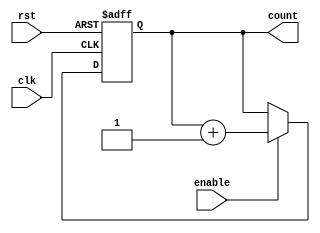
module RingCounter (
    input wire clk,
    input wire rst,
    input wire enable,
    output reg [N-1:0] count
);

parameter N = 4;

always @(posedge clk or posedge rst) begin
    if (rst) begin
        count <= 0;
    end else if (enable) begin
        count <= count + 1;
    end
end

endmodule